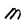
Character: m